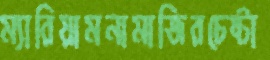
ম্যারিয়ামনামাজিরচেষ্টা